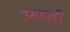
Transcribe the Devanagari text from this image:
उमडली